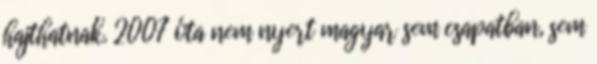
hajthatnak. 2007 óta nem nyert magyar sem csapatban, sem